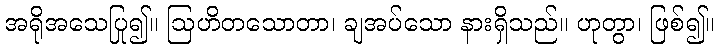
အရိုအသေပြု၍။ ဩဟိတသောတာ၊ ချအပ်သော နားရှိသည်။ ဟုတွာ၊ ဖြစ်၍။